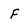
Character: f